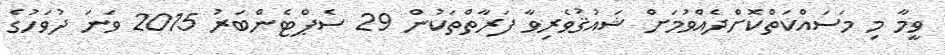
ވީމާ މި މަސައްކަތްކޮށްދެއްވުމަށް ޝައުޤުވެރިވާ ފަރާތްތަކުން 29 ސެޕްޓެންބަރު 2015 ވަނަ ދުވަހުގެ